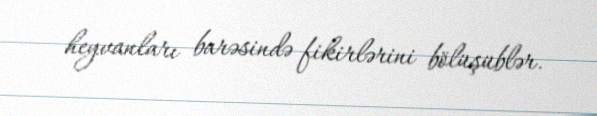
heyvanları barəsində fikirlərini bölüşüblər.